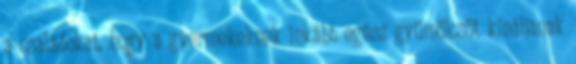
a családokat, hogy a gyermekeknek inkább egész gyümölcsöt kínáljanak